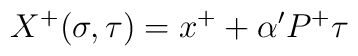
X^+(\sigma,\tau) = x^{+} + \alpha' P^+ \tau